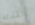
أنقذته